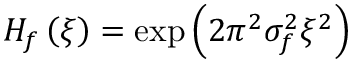
H _ { f } \left( \xi \right) = \exp \left( { 2 \pi ^ { 2 } \sigma _ { f } ^ { 2 } \xi ^ { 2 } } \right)